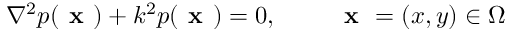
\nabla ^ { 2 } p ( \textbf { x } ) + k ^ { 2 } p ( \textbf { x } ) = 0 , ~ ~ ~ ~ ~ ~ ~ \textbf { x } = ( x , y ) \in \Omega